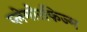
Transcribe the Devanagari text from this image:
प्लेमोरफिज्म